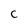
Character: C